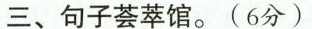
三、句子荟萃馆。(6分)